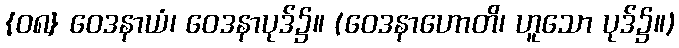
{၀၈} ဝေဒနာယံ၊ ဝေဒနာပုဒ်၌။ (ဝေဒနာဟောတိ၊ ဟူသော ပုဒ်၌။)